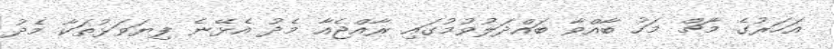
އަހަރުގެ މާާޗް މަހު ބާއްވާ ބައްދަލުވުމުގައި ރާއްޖެއާ މެދު އެޅޭނެ ފިޔަވަޅުތަކާ މެދު